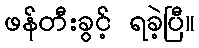
ဖန်တီးခွင့် ရခဲ့ပြီ။